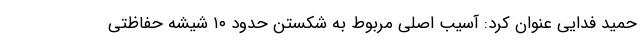
حمید فدایی عنوان کرد: آسیب اصلی مربوط به شکستن حدود ۱۰ شیشه حفاظتی